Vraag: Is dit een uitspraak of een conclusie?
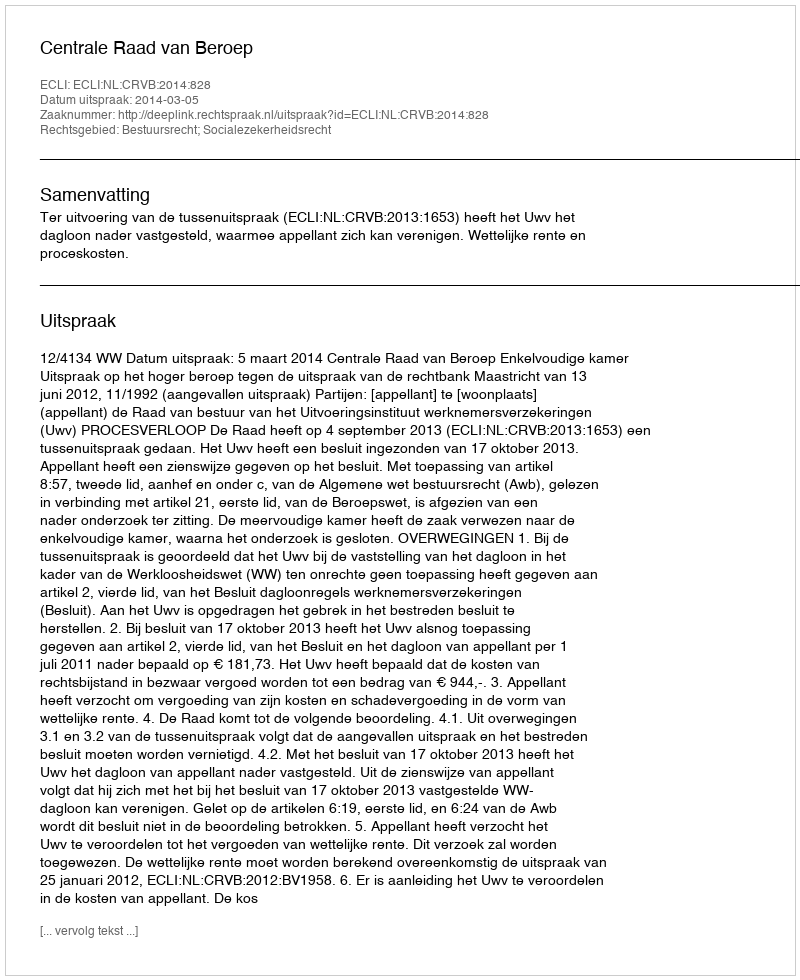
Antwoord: Uitspraak